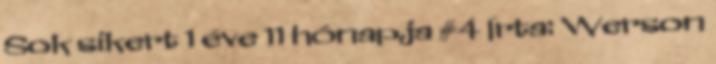
Sok sikert 1 éve 11 hónapja #4 Írta: Werson